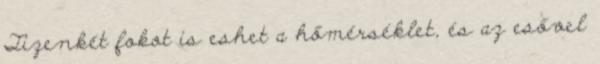
Tizenkét fokot is eshet a hőmérséklet, és az esővel